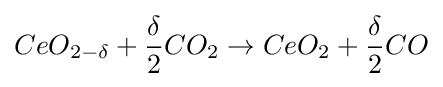
CeO_{2-\delta }+{\frac {\delta }{2}}CO_{2}\rightarrow CeO_{2}+{\frac {\delta }{2}}CO